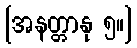
[အနတ္တာနု ၅။]